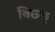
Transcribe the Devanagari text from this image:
बिछ्छू